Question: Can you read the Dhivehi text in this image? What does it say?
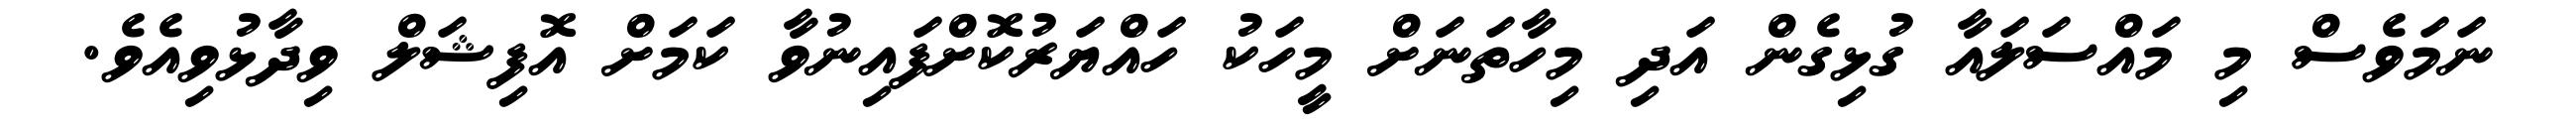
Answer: ނަމަވެސް މި މައްސަލައާ ގުޅިގެން އަދި މިހާތަނަށް މީހަކު ހައްޔަރުކޮށްފައިނުވާ ކަމަށް އޮފިޝަލް ވިދާޅުވިއެވެ.